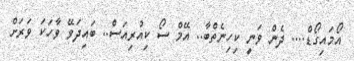
އޯމައިގޯޑް.... ދެން ވަނީ ކިހިނެތްބާ.. އޭމް ސޯ ކިއުރިއަސް.. ބައިދަވޭ ވާހަކަ ވަރަށް